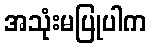
အသုံးမပြုပါက